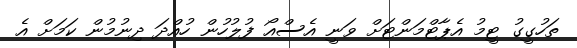
ތަހުގީގު ޓީމު އެޕާޓްމަންޓަށް ވަނީ އެސްއޯ ފުލުހުން ހުއްދަ ދިނުމުން ކަމަށް އެ